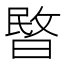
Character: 暋